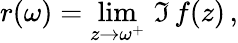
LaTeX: r(\omega)=\operatorname*{lim}_{z\rightarrow\omega^{+}}\, \Im\, f(z)\, ,